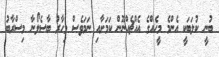
ބުނީ ކުލަބަކީ އެންމެ މީހެއްގެ އެއްޗެއްނޫން ކަމަށާއި ނަމަވެސް މިހާރު ބާސެލޯނާ މިސްރާބު